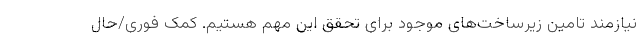
نیازمند تامین زیرساخت‌های موجود برای تحقق این مهم هستیم. کمک فوری/حال